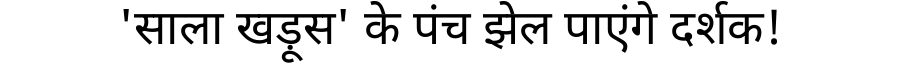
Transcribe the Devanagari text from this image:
'साला खड़ूस' के पंच झेल पाएंगे दर्शक!